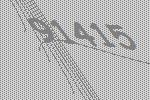
91415